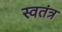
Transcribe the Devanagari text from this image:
स्वतंत्र